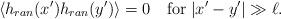
LaTeX: \begin{align*}\langle h_{ran}(x')h_{ran}(y')\rangle=0\quad\mbox{for}\;|x'-y'|\gg\ell.\end{align*}